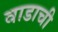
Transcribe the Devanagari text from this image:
वाडाची